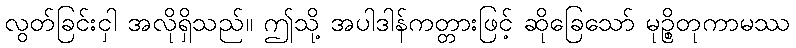
လွတ်ခြင်းငှါ အလိုရှိသည်။ ဤသို့ အပါဒါန်ကတ္တားဖြင့် ဆိုခြေသော် မုဉ္စိတုကာမဿ